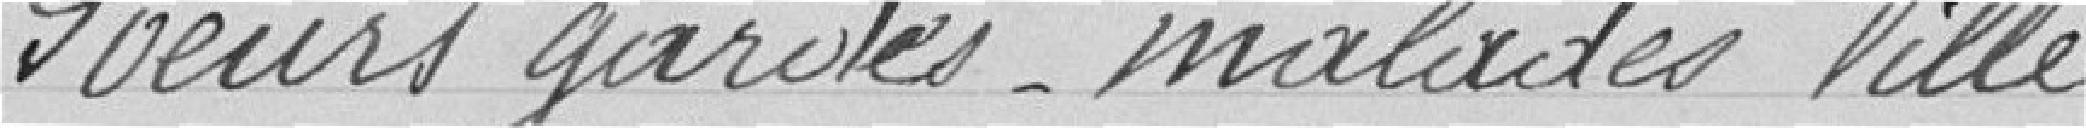
Sœurs gardes-malades Ville